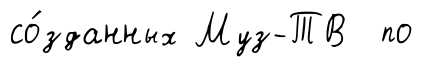
со́зданных Муз-ТВ по